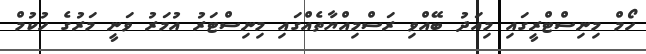
ހޯމް މިނިސްޓްރީގައި މިއަދު ބޭއްވި ރަސްމިއްޔާތެއްގައި މިނިސްޓަރު އުމަރު ވަނީ މަރުގެ ހުކުމް